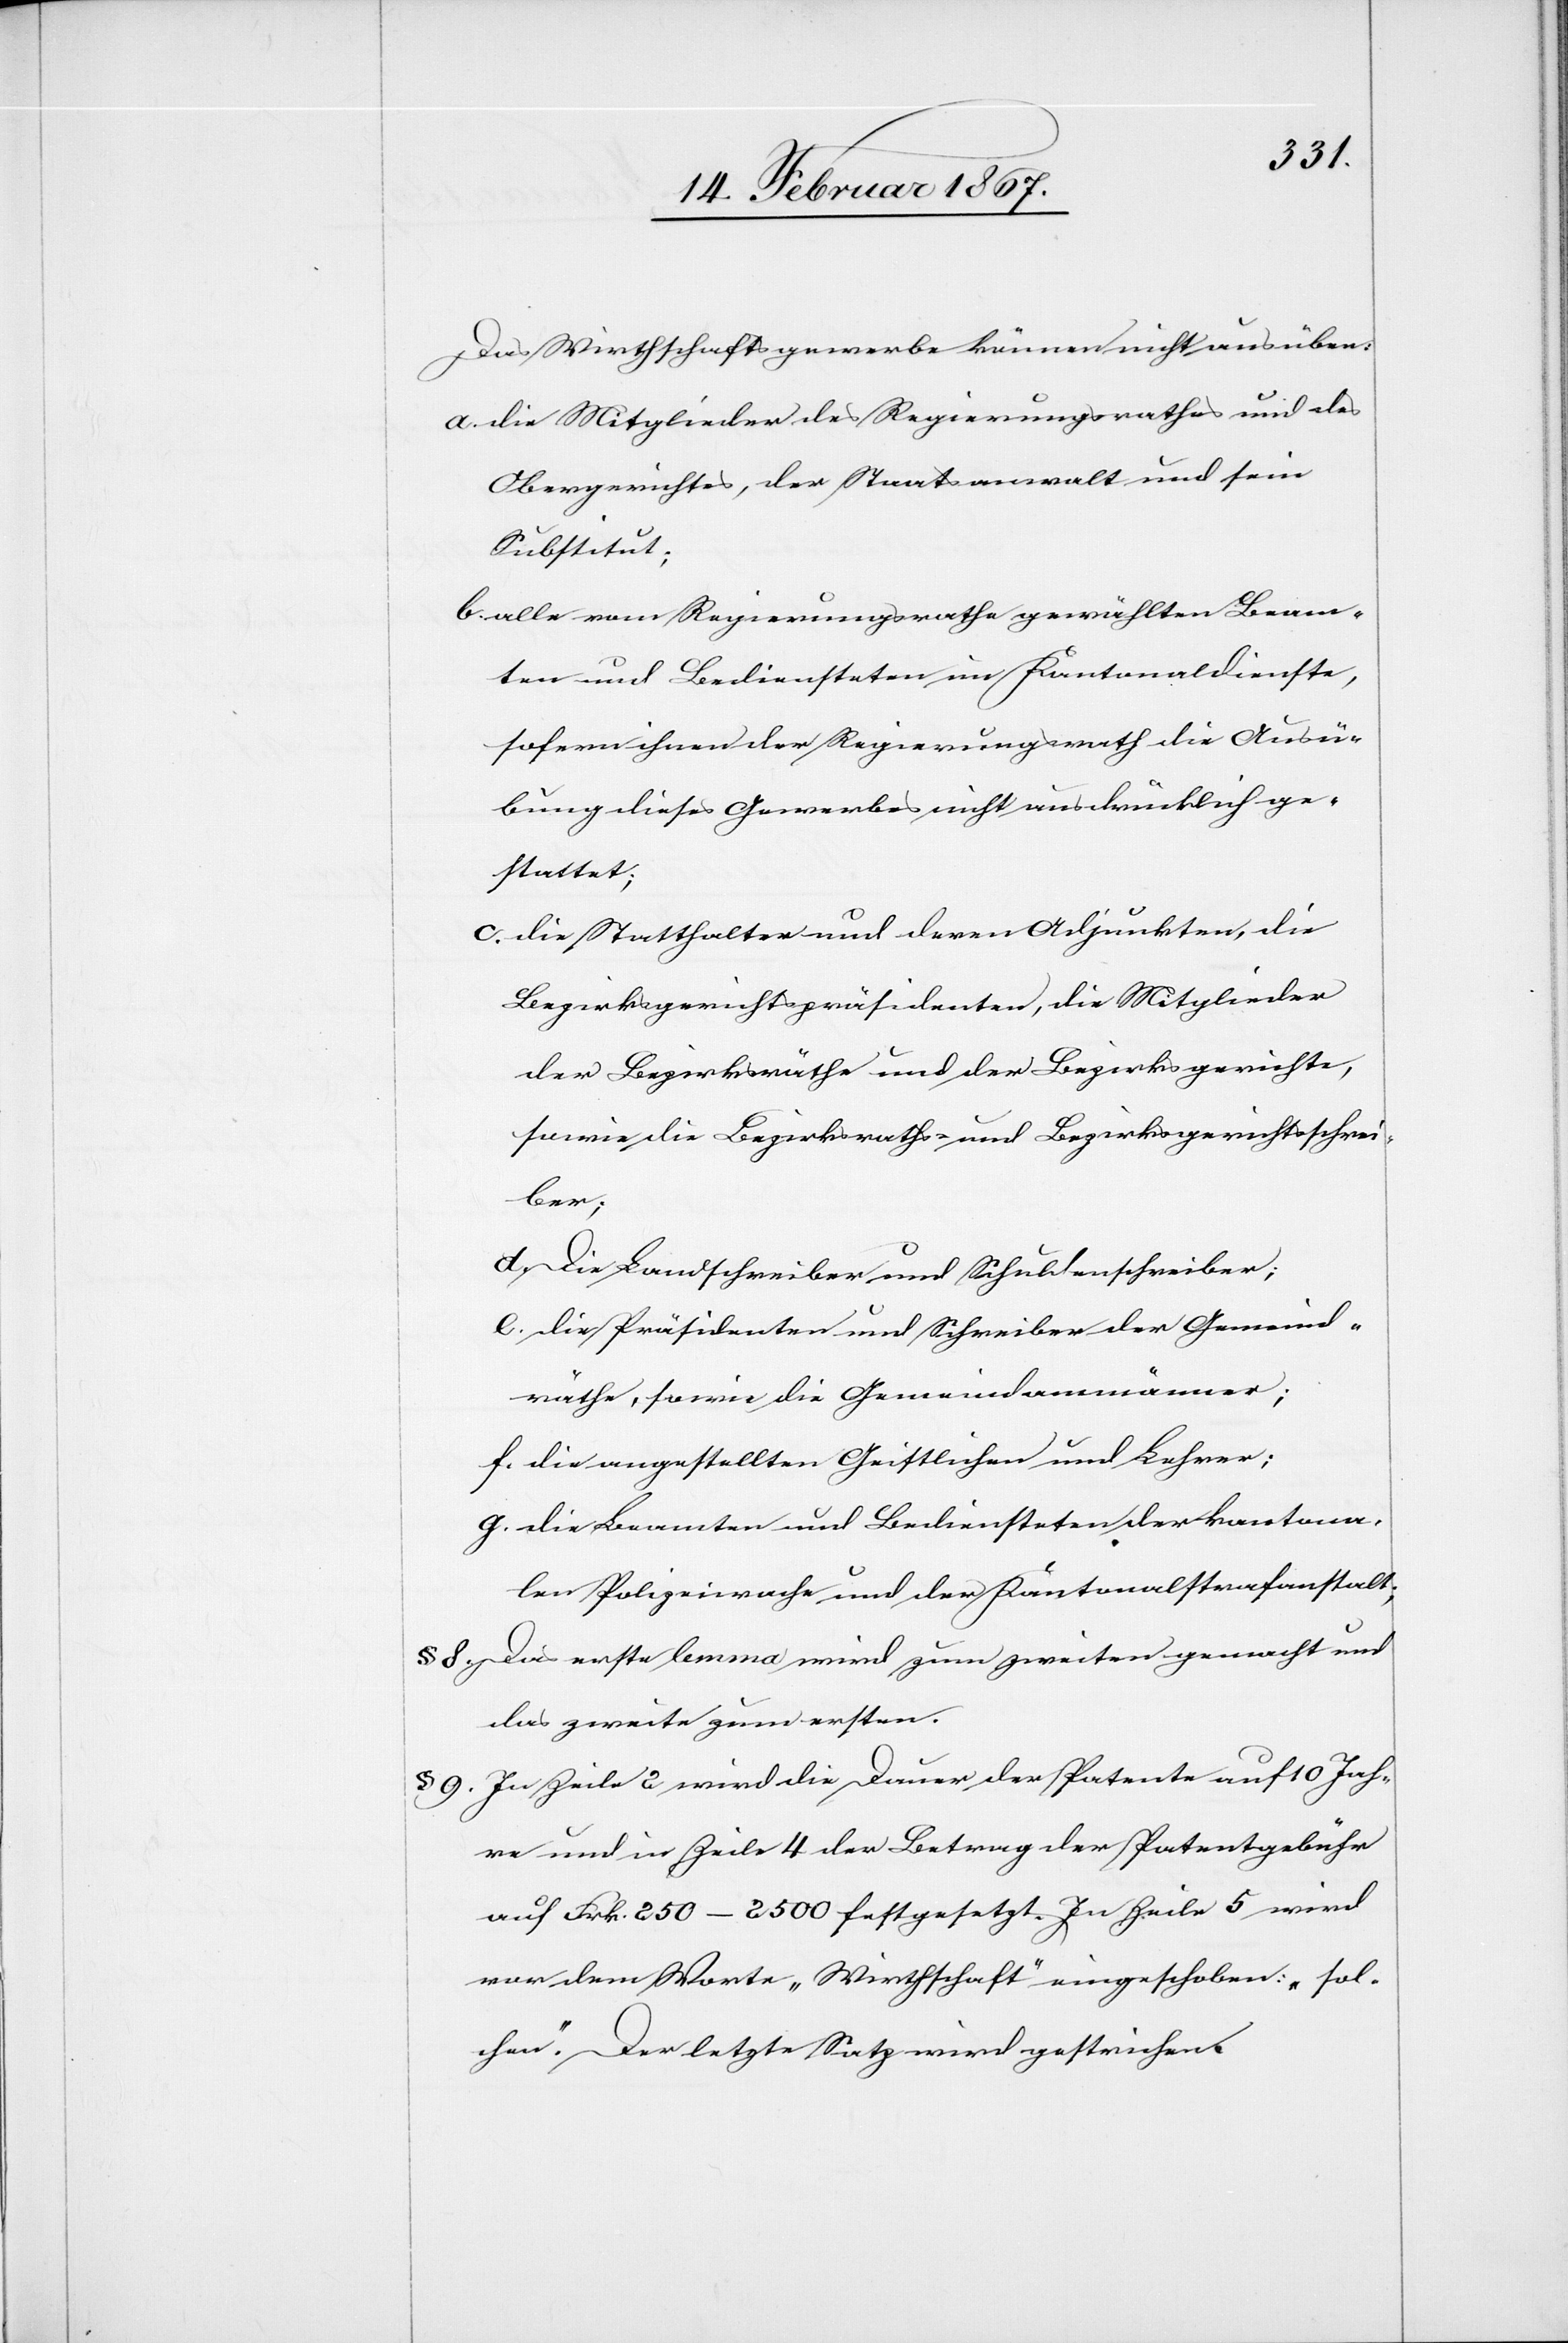
Das Wirthschaftsgewerbe können nicht ausüben:
a.	die Mitglieder des Regierungsrathes und des
Obergerichtes, der Staatsanwalt und sein
Substitut;
b.	alle vom Regierungsrathe gewählten Beam¬
ten und Bediensteten im Kantonaldienste,
sofern ihnen der Regierungsrath die Ausü¬
bung dieses Gewerbes nicht ausdrücklich ge¬
stattet;
c.	die Statthalter und deren Adjunkten, die
Bezirksgerichtspräsidenten, die Mitglieder
der Bezirksräthe und der Bezirksgerichte,
sowie die Bezirksraths- und Bezirksgerichtsschrei¬
ber;
d.	Die Landschreiber und Schuldenschreiber;
e. 	die Präsidenten und Schreiber der Gemeind¬
räthe, sowie die Gemeindammänner;
f. 	die angestellten Geistlichen und Lehrer;
g. 	die Beamten und Bediensteten der kantona¬
len Polizeiwache und der Kantonalstrafanstalt;
8 Das erste lemma wird zum zweiten gemacht und
das zweite zum ersten.
§ 9 In Zeile 2 wird die Dauer der Patente auf 10 Jah¬
re und in Zeile 4 der Betrag der Patentgebühr
auf Frk. 250–2500 festgesetzt. In Zeile 5 wird
vor dem Worte „Wirthschaft“ eingeschoben: „sol¬
chen“. Der letzte Satz wird gestrichen.